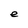
Character: e